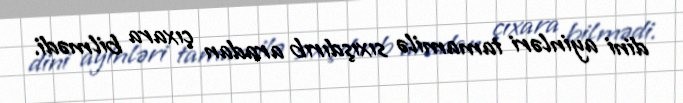
dini ayinləri tamamilə sıxışdırıb aradan çıxara bilmədi.